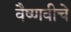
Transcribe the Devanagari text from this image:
वैष्णवीचे